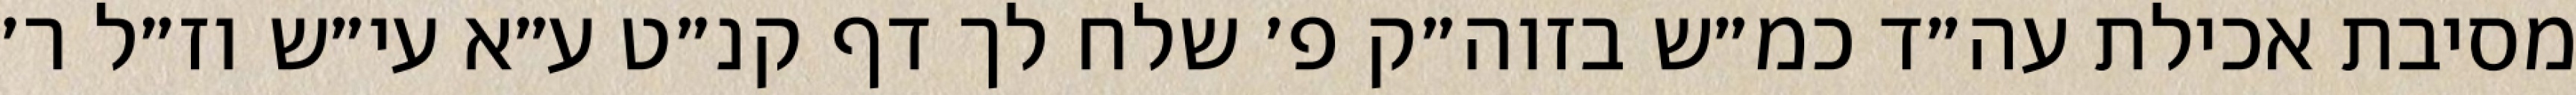
מסיבת אכילת עה״ד כמ״ש בזוה״ק פ׳ שלח לך דף קנ״ט ע״א עי״ש וז״ל ר׳